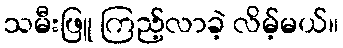
သမီးဖြူ ကြည့်လာခဲ့ လိမ့်မယ်။